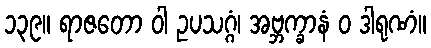
၁၃၉။ ရာဇတော ဝါ ဥပသဂ္ဂံ၊ အဗ္ဘက္ခာနံ ဝ ဒါရုဏံ။